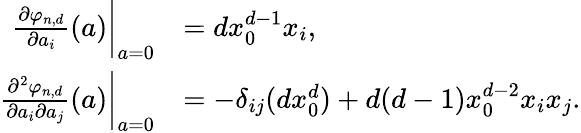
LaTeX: \begin{array}{rl}{\frac{\partial\varphi_{n,d}}{\partial a_{i}}(a)\bigg|_{a=0}}&{=dx_{0}^{d-1}x_{i},}\\ {\frac{\partial^{2}\varphi_{n,d}}{\partial a_{i}\partial a_{j}}(a)\bigg|_{a=0}}&{=-\delta_{ij}(dx_{0}^{d})+d(d-1)x_{0}^{d-2}x_{i}x_{j}.}\end{array}